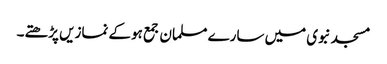
مسجد نبوی میں سارے مسلمان جمع ہوکے نمازیں پڑھتے۔